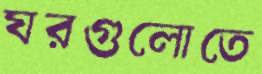
ঘরগুলোতে